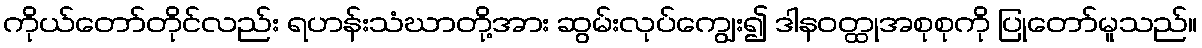
ကိုယ်တော်တိုင်လည်း ရဟန်းသံဃာတို့အား ဆွမ်းလုပ်ကျွေး၍ ဒါနဝတ္ထုအစုစုကို ပြုတော်မူသည်။